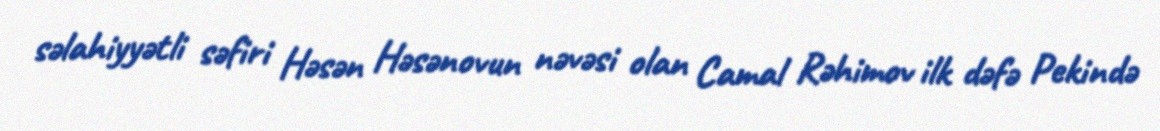
səlahiyyətli səfiri Həsən Həsənovun nəvəsi olan Camal Rəhimov ilk dəfə Pekində